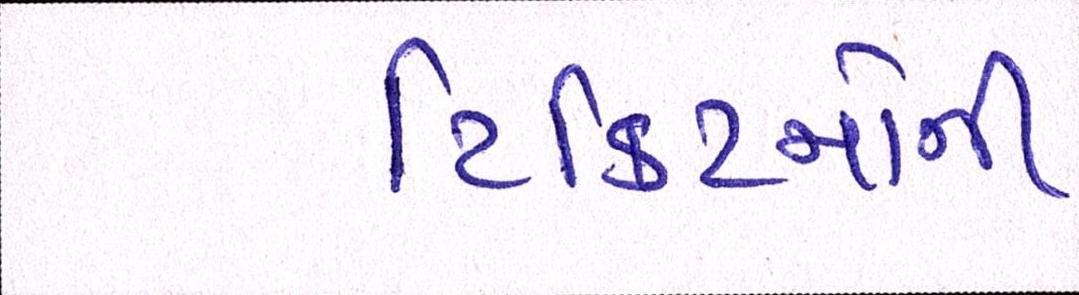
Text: ટિકિટનોની